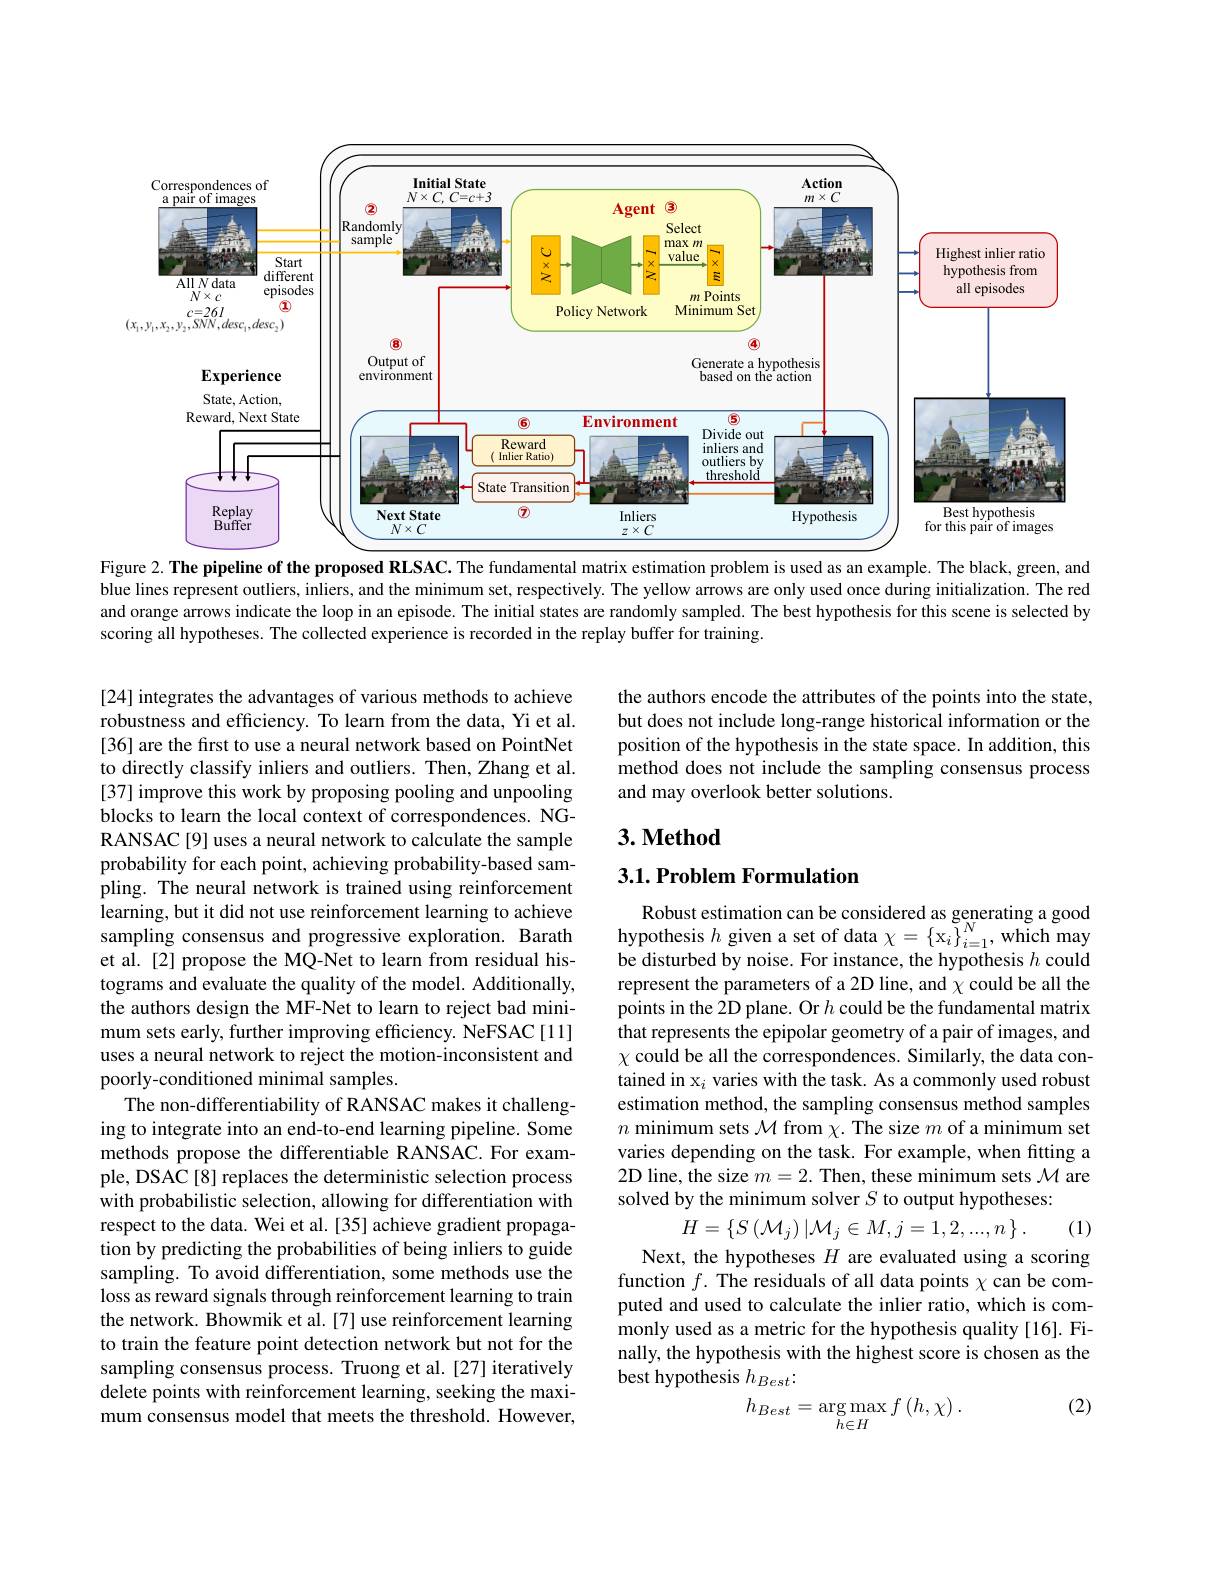
<FigureHere>
Figure 2. The pipeline of the proposed RLSAC. The fundamental matrix estimation problem is used as an example. The black, green, and

blue lines represent outliers, inliers, and the minimum set, respectively. The yellow arrows are only used once during initialization. The red and orange arrows indicate the loop in an episode. The initial states are randomly sampled. The best hypothesis for this scene is selected by scoring all hypotheses. The collected experience is recorded in the replay buffer for training.

the authors encode the attributes of the points into the state, but does not include long-range historical information or the position of the hypothesis in the state space. In addition, this method does not include the sampling consensus process and may overlook better solutions.

# 3. Method

## $3. 1. \textbf{Problem Formulation}$

Robust estimation can be considered as generating a good hypothesis $h$ given a set of data $\chi=\left\{\mathrm{x}_{i}\right\}_{i=1}^{N}$, which may be disturbed by noise. For instance, the hypothesis $h$ could represent the parameters of a 2D line, and $\chi$ could be all the points in the 2D plane. Or $h$ could be the fundamental matrix that represents the epipolar geometry of a pair of images, and $\chi$ could be all the correspondences. Similarly, the data contained in x$_i$ varies with the task. As a commonly used robust estimation method, the sampling consensus method samples $n$ minimum sets $\mathcal{M}$ from $\chi.$ The size $m$ of a minimum set varies depending on the task. For example, when fitting a 2D line, the size $m=2.$ Then, these minimum sets $\mathcal{M}$ are solved by the minimum solver $S$ to output hypotheses:

[24] integrates the advantages of various methods to achieve robustness and efficiency. To learn from the data, Yi et al. [36] are the first to use a neural network based on PointNet to directly classify inliers and outliers. Then, Zhang et al. [37] improve this work by proposing pooling and unpooling blocks to learn the local context of correspondences. NGRANSAC[9] uses a neural network to calculate the sample probability for each point, achieving probability-based sampling. The neural network is trained using reinforcement learning, but it did not use reinforcement learning to achieve sampling consensus and progressive exploration. Barath et al. [2] propose the MQ-Net to learn from residual histograms and evaluate the quality of the model. Additionally, the authors design the MF-Net to learn to reject bad minimum sets early, further improving efficiency. NeFSAC[11] uses a neural network to reject the motion-inconsistent and poorly-conditioned minimal samples.
The non-differentiability of RANSAC makes it challenging to integrate into an end-to-end learning pipeline. Some methods propose the differentiable RANSAC. For example, DSAC[8] replaces the deterministic selection process with probabilistic selection, allowing for differentiation with respect to the data. Wei et al. [35] achieve gradient propagation by predicting the probabilities of being inliers to guide sampling. To avoid differentiation, some methods use the loss as reward signals through reinforcement learning to train the network. Bhowmik et al.[7] use reinforcement learning to train the feature point detection network but not for the sampling consensus process. Truong et al. [27] iteratively delete points with reinforcement learning, seeking the maximum consensus model that meets the threshold. However,
$$H=\left\{S\left(\mathcal M_{j}\right)|\mathcal M_{j}\in M,j=1,2,...,n\right\}.$$
(1)

Next, the hypotheses $H$ are evaluated using a scoring function $f.$ The residuals of all data points $\chi$ can be computed and used to calculate the inlier ratio, which is commonly used as a metric for the hypothesis quality [16]. Finally, the hypothesis with the highest score is chosen as the best hypothesis $h_{Best}.$

(2)
$$h_{Best}=\underset{h\in H}{\arg\max}f\left(h,\chi\right).$$